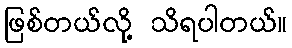
ဖြစ်တယ်လို့ သိရပါတယ်။